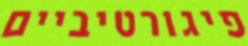
פיגורטיביים